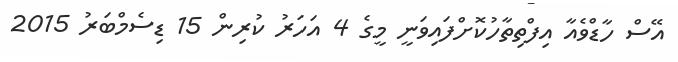
އޭސް ހާޑްވެއާ އިފްތިތާހުކޮށްފައިވަނީ މީގެ 4 އަހަރު ކުރިން 15 ޑިސެމްބަރު 2015